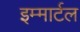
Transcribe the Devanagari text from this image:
इम्मार्टल